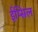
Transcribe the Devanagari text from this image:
ईप्सिल